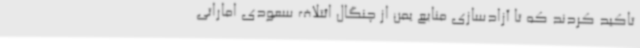
تاکید کردند که تا آزادسازی منابع یمن از چنگال ائتلاف سعودی اماراتی